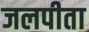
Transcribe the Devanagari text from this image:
जलपीता